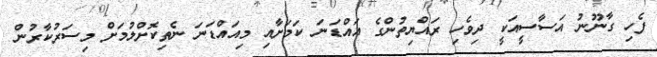
ފެހި ގާނޫނު އަސާސީއަކީ ދިވެހި ރައްޔިތުންގެ އައްޑަނަ ކަމަށާއި މިއައްޑަނަ ނެތިކޮށްލުމަށް މިސަރުކާރުން